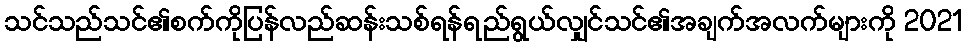
သင်သည်သင်၏စက်ကိုပြန်လည်ဆန်းသစ်ရန်ရည်ရွယ်လျှင်သင်၏အချက်အလက်များကို 2021